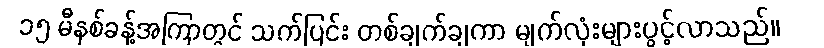
၁၅ မီနစ်ခန့်အကြာတွင် သက်ပြင်း တစ်ချက်ချကာ မျက်လုံးများပွင့်လာသည်။